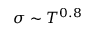
\sigma \sim T ^ { 0 . 8 }